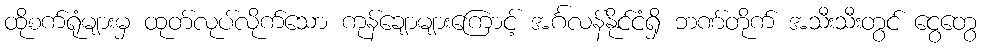
ထိုစက်ရုံများမှ ထုတ်လုပ်လိုက်သော ကုန်ချောများကြောင့် အင်္ဂလန်နိုင်ငံရှိ ဘဏ်တိုက် အသီးသီးတွင် ငွေတွေ